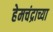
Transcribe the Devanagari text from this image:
हेमचंद्राच्या